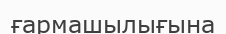
ғармашылығына